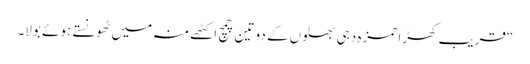
“قریب کھڑا حمزہ دہی بھلوں کے دو تین چمچ اکٹھے منہ میں ٹھونستے ہوئے بولا۔